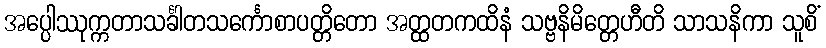
အပ္ပေါဿုက္ကတာသင်္ခါတသင်္ကောစာပတ္တိတော အတ္ထတကထိနံ သဗ္ဗနိမိတ္တေဟီတိ သာသနိကာ သူစိံ